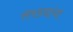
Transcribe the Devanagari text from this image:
सरड्यांचा